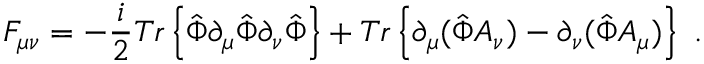
{ \cal F } _ { \mu \nu } = - \frac { i } { 2 } T r \left\{ \hat { \Phi } \partial _ { \mu } \hat { \Phi } \partial _ { \nu } \hat { \Phi } \right\} + T r \left\{ \partial _ { \mu } ( \hat { \Phi } A _ { \nu } ) - \partial _ { \nu } ( \hat { \Phi } A _ { \mu } ) \right\} \ .